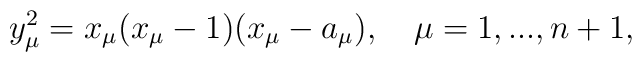
y_{\mu }^{2}=x_{\mu }(x_{\mu }-1)(x_{\mu }-a_{\mu }),\quad \mu =1,...,n+1,